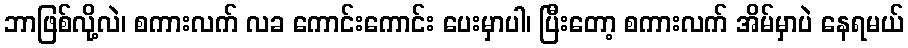
ဘာဖြစ်လို့လဲ၊ စကားလက် လခ ကောင်းကောင်း ပေးမှာပါ၊ ပြီးတော့ စကားလက် အိမ်မှာပဲ နေရမယ်